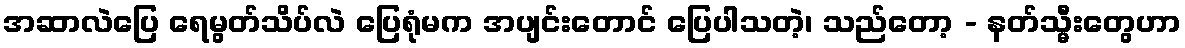
အဆာလဲပြေ ရေမွတ်သိပ်လဲ ပြေရုံမက အပျင်းတောင် ပြေပါသတဲ့၊ သည်တော့ - နတ်သ္မီးတွေဟာ